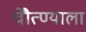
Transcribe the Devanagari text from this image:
चेौत्ण्याला